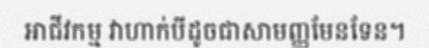
អាជីវកម្ម វាហាក់បីដូចជាសាមញ្ញមែនទែន។